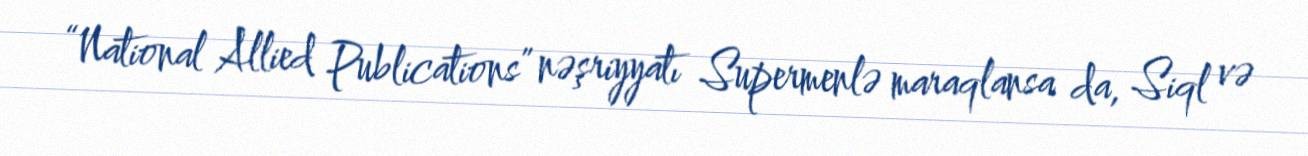
“National Allied Publications” nəşriyyatı Supermenlə maraqlansa da, Siql və